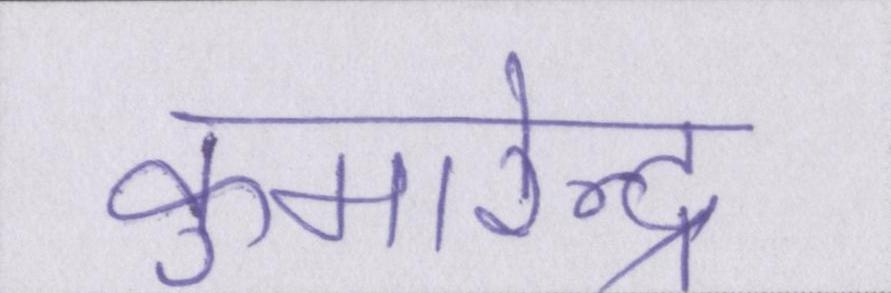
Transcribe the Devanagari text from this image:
कुमारेन्द्र